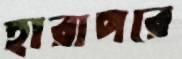
হারাপরে